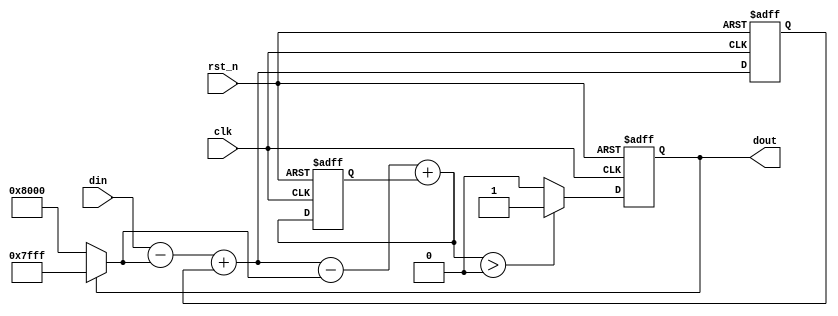
`timescale 1ns / 1ps
//////////////////////////////////////////////////////////////////////////////////
// Company: 
// Engineer: 
// 
// Design Name: 
// Module Name:    delta_sigma_adc 
// Project Name: 
// Target Devices: 
// Tool versions: 
// Description: 
//
// Dependencies: 
//
// Revision: 
// Revision 0.01 - File Created
// Additional Comments: 
//
//////////////////////////////////////////////////////////////////////////////////
module delta_sigma_adc
#(
    parameter W = 16//????
)
(
    input   wire                clk     ,
    input   wire                rst_n   ,

    input   wire signed [W-1:0] din     ,//signed analog signal
    output  reg                 dout     //PDM signal
);
wire signed [W-1:0]adc1b_max = {1'b0,{(W-1){1'b1}}};
wire signed [W-1:0]adc1b_min = {1'b1,{(W-1){1'b0}}};
wire signed [W-1:0]adc1b_out = (dout == 1'b1)?adc1b_max:
                               (dout == 1'b0)?adc1b_min:
                               'bx;                    
reg  signed   [W*2-1:0]inte0,inte1;
wire signed   [W*2-1:0]diff0  =   din     -   adc1b_out;
wire signed   [W*2-1:0]rd0    =   diff0   +   inte0;
wire signed   [W*2-1:0]diff1  =   rd0     -   adc1b_out;
wire signed   [W*2-1:0]rd1    =   diff1   +   inte1;
wire          comp            =   (rd1 > 0)?1'b1:1'b0;
always@(posedge clk or negedge rst_n)begin
    if ( !rst_n ) begin
        dout    <= 1'b0;
        inte0   <=  'b0;
        inte1   <=  'b0;
    end else begin
        dout    <= comp;
        inte0   <= rd0;
        inte1   <= rd1;
    end
end
endmodule